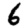
Digit: 6